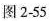
图2-55